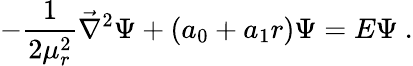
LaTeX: -{\frac{1}{2\mu_{r}^{2}}}{\vec{\nabla}}^{2}\Psi+(a_{0}+a_{1}r)\Psi=E\Psi\ .